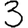
Digit: 3